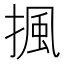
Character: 𢱚